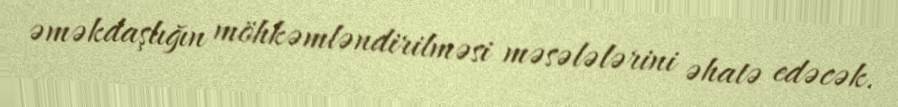
əməkdaşlığın möhkəmləndirilməsi məsələlərini əhatə edəcək.